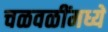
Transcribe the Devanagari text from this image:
चळवळींमध्यें